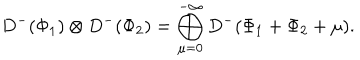
LaTeX: D ^ { - } ( \Phi _ { 1 } ) \otimes D ^ { - } ( \Phi _ { 2 } ) = \bigoplus _ { \mu = 0 } ^ { - \infty } D ^ { - } ( \Phi _ { 1 } + \Phi _ { 2 } + \mu ) .